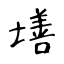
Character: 墡